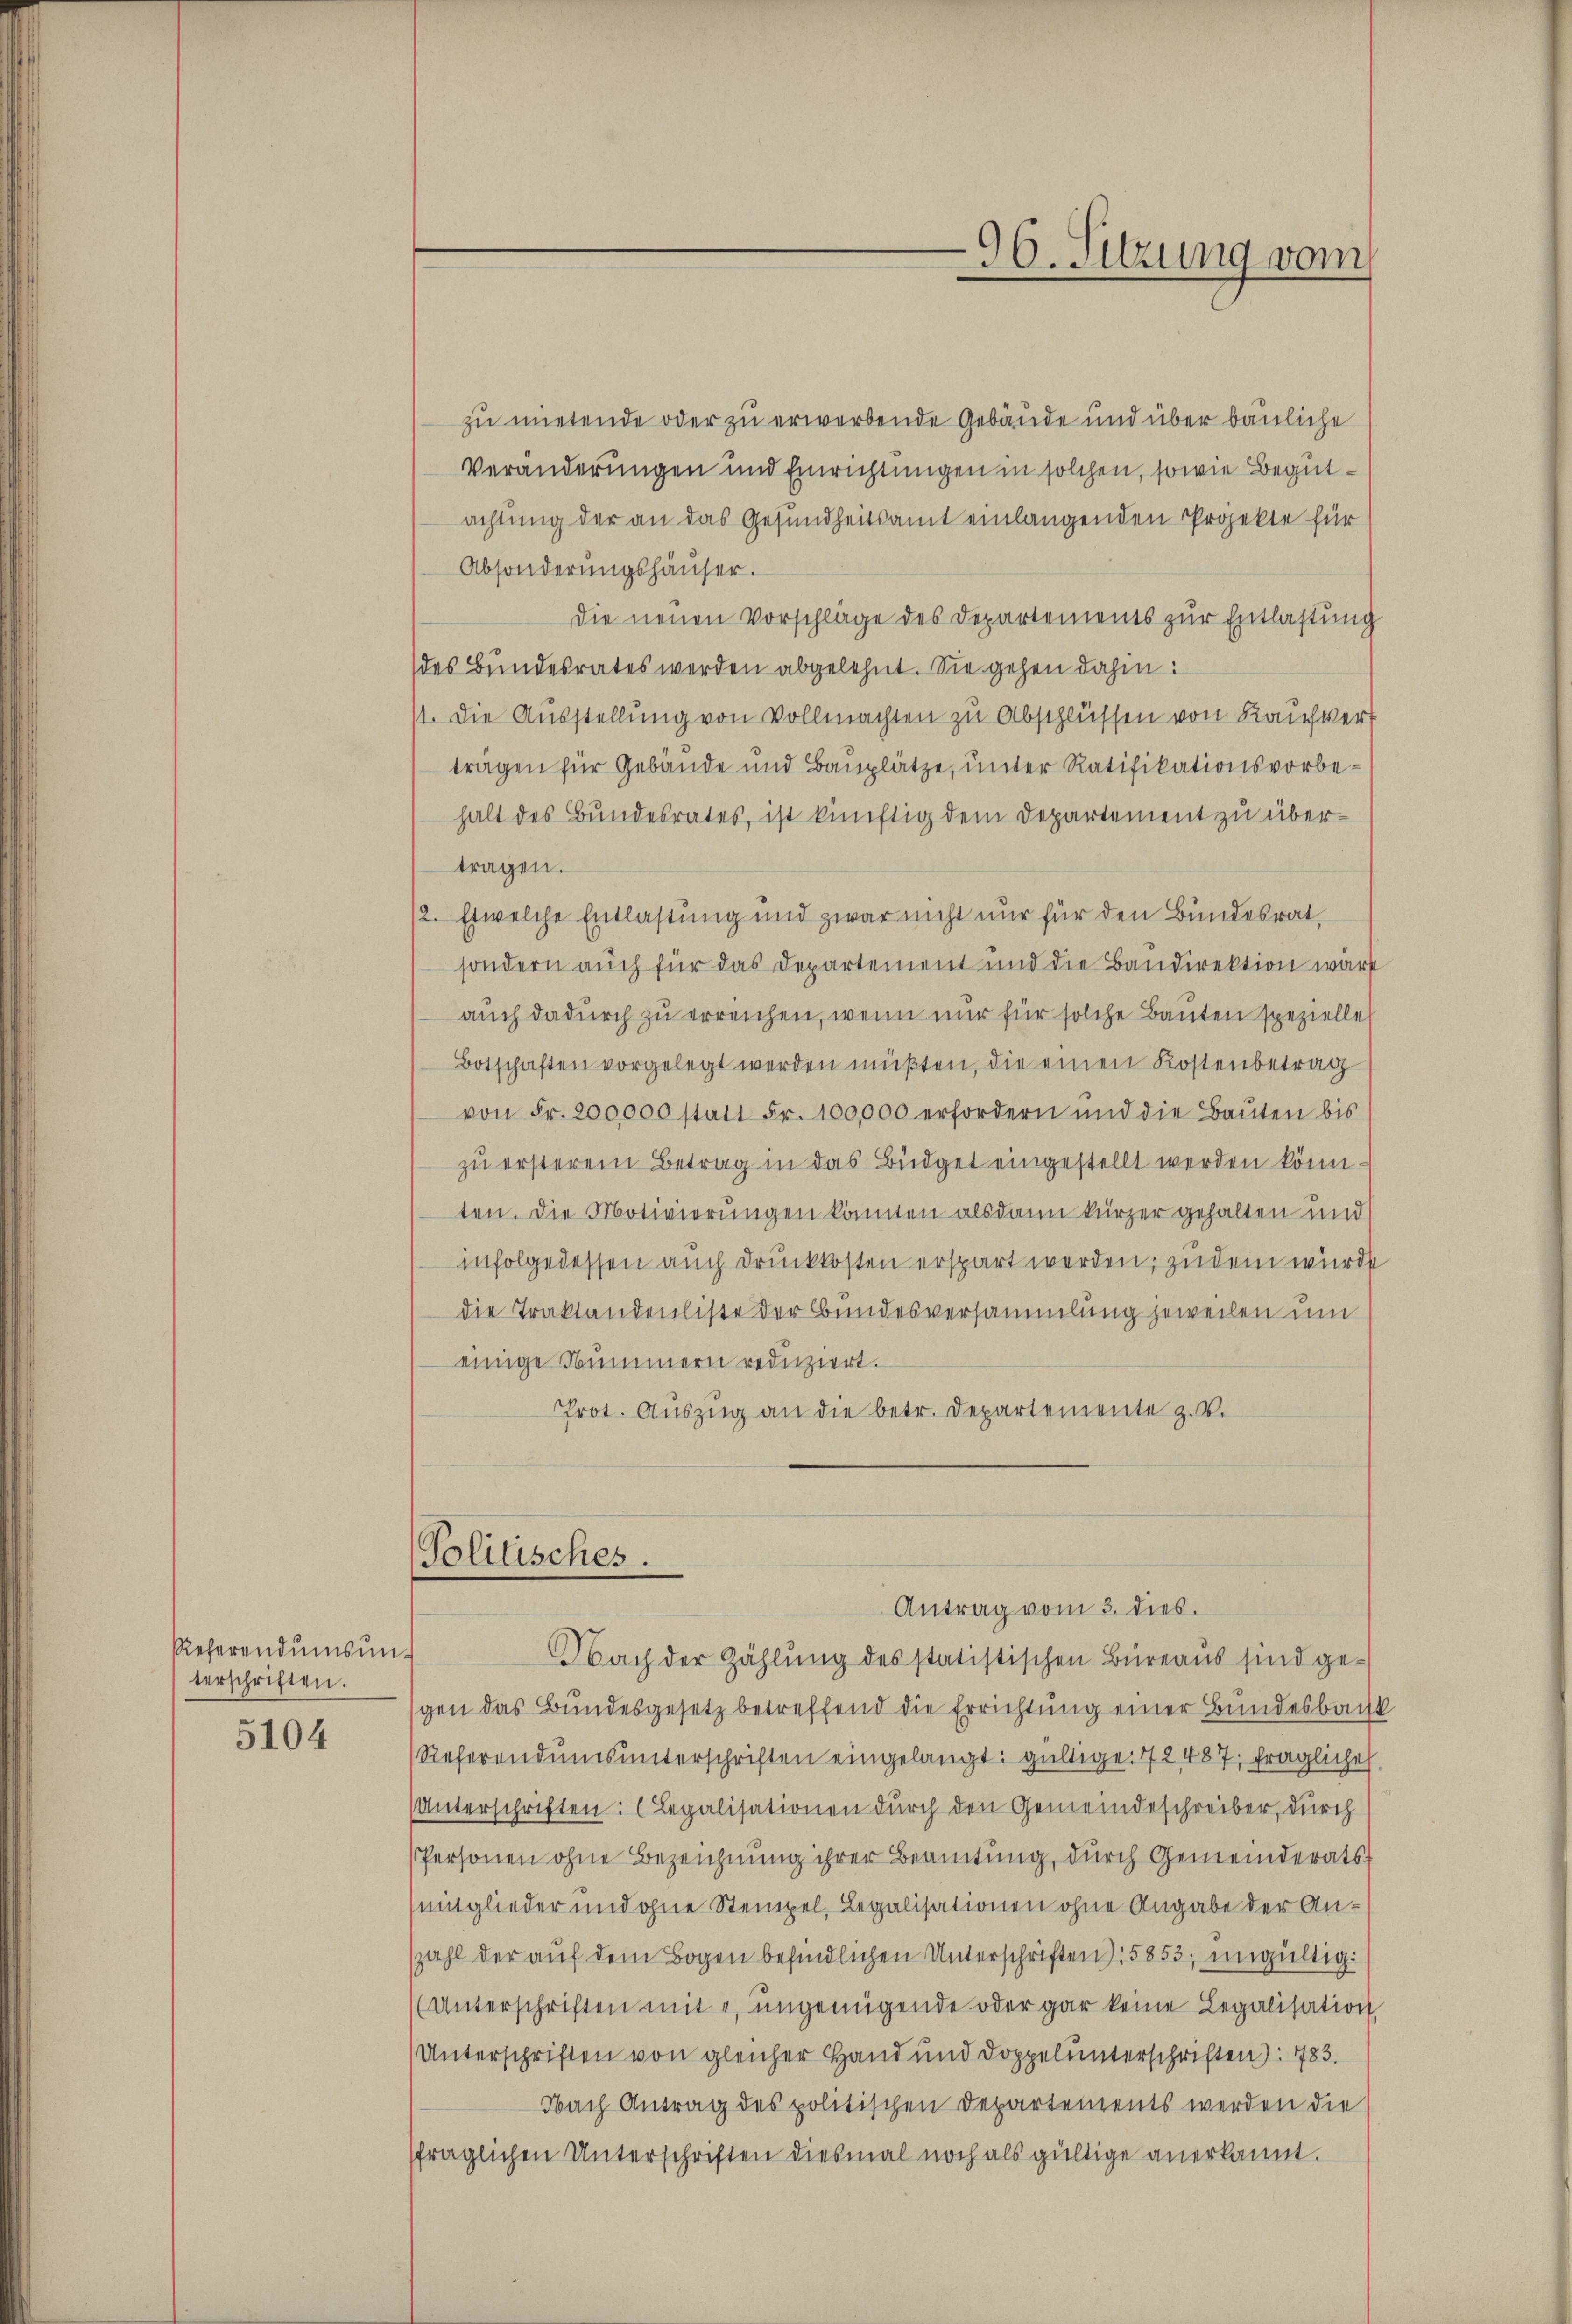
Referendumsung
terschriften.
5104

96. Sitzung vom

zu mietende oder zu erwerbende Gebäude und über bauliche
Veränderungen und Einrichtungen in solchen, sowie Begutachtung der an das Gesundheitsamt einlangenden Projekte für
Absonderŭngshäŭser.
Die neuen Vorschläge des Departements zur Entlastung
des Bundesrates werden abgelehnt. Sie gehen dahin:
11. Die Ausstellung von Vollmachten zu Abschlüssen von Kaufver
tragen für Gebäude und Bauplätze, unter Ratifikationsvorbehalt des Bundesrates, ist künftig dem Departement zu übertragen.
/2. Es welche Entlastung und zwar nicht nur für den Bundesrat,
sondern auch für das Departement und die Bandirektion wäre
auch dadurch zu erreichen, wenn nur für solche Bauten spezielle
Botschaften vorgelegt werden müβten, die einen Kostenbetrag
von Fr. 200,000 statt Fr. 100,000 erfordern und die Baŭten bis
zu ersterem Betrag in das Büdget eingestellt werden könnten. Die Motivierungen könnten alsdann kürzer gehalten und
infolgedessen auch druckkosten erspart werden; zudem würde
die Traktandenliste der Bundesversammlung jeweilen um
einige Nummern reduziert.
Prot. Auszug an die betr. Departemente z. V.
Politisches.

Antrag vom 3. dies.
Nach der Zählung des statistischen Büreaus sind ge¬

gen das Bundesgesetz betreffend die Errichtung einer Bundesbacht
Referendŭmsŭnterschriften eingelangt: gültige. 142 487, fragliche
Unterschriften: (Legalisationen durch den Gemeindeschreiber, durch
Personen ohne Bezeichnung ihrer Beamtung, durch Gemeinderats:
mitglieder und ohne Stempel, Legalisationen ohne Angabe der Anzahl der auf dem Bogen befindlichen Unterschriften), 5853, ungültig.
(Unterschriften mit 4, ungenügende oder gar keine Legalisation
Unterschriften von gleicher Hand und Doppelunterschriften): 783.
Nach Antrag des politischen Departements werden die
fraglichen Unterschriften diesmal noch als gültige anerkannt.